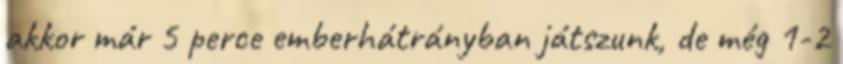
akkor már 5 perce emberhátrányban játszunk, de még 1-2